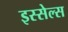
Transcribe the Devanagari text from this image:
इस्सेल्स